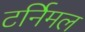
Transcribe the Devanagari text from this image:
टर्निमल